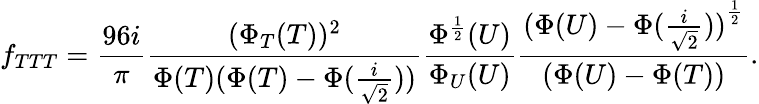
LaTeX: f_{TTT}=\frac{96i}{\pi}\frac{(\Phi_{T}(T))^{2}}{\Phi(T)(\Phi(T)-\Phi(\frac{i}{\sqrt{2}}))}\frac{\Phi^{\frac{1}{2}}(U)}{\Phi_{U}(U)}\frac{{(\Phi(U)-\Phi(\frac{i}{\sqrt{2}}))}^{\frac{1}{2}}}{(\Phi(U)-\Phi(T))}.